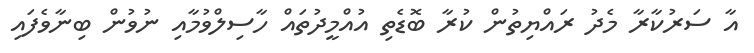
އާ ސަރުކާރާ މެދު ރައްޔިތުން ކުރާ ބޮޑެތި އުއްމީދުތައް ހާސިލްވުމާއި ނުވުން ބިނާވެފައި